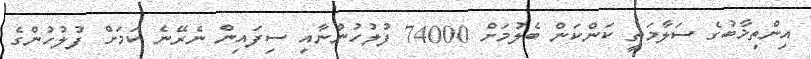
އިންތިޚާބުގެ ސަލާމަތީ ކަންކަން ބެލުމަށް 74000 ފުލުހުންނާއި ސިފައިން ނެރޭނެ ކަމަށް ފުލުހުންގެ